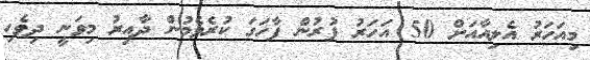
މިއަހަރު އެލިއާއަށް 50 އަހަރު ފުރުން ފާހަގަ ކުރެވެމުން ދާއިރު މިވަނީ ދިވެހި